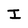
Character: I